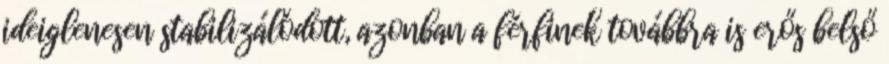
ideiglenesen stabilizálódott, azonban a férfinek továbbra is erős belső